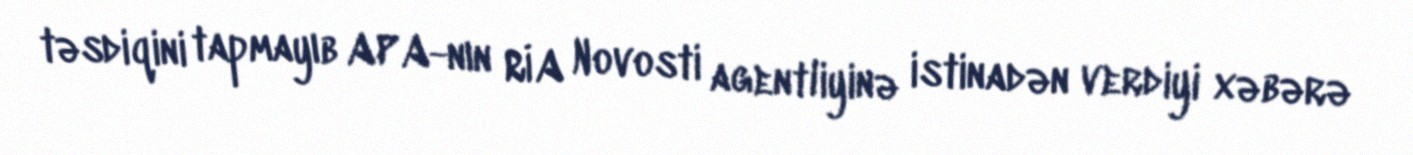
təsdiqini tapmayıb APA-nın RİA Novosti agentliyinə istinadən verdiyi xəbərə